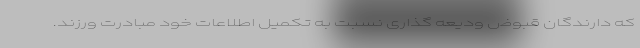
که دارندگان قبوض ودیعه گذاری نسبت به تکمیل اطلاعات خود مبادرت ورزند.